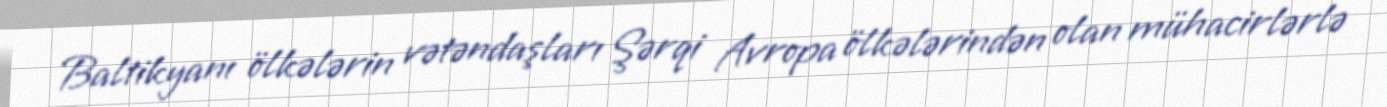
Baltikyanı ölkələrin vətəndaşları Şərqi Avropa ölkələrindən olan mühacirlərlə